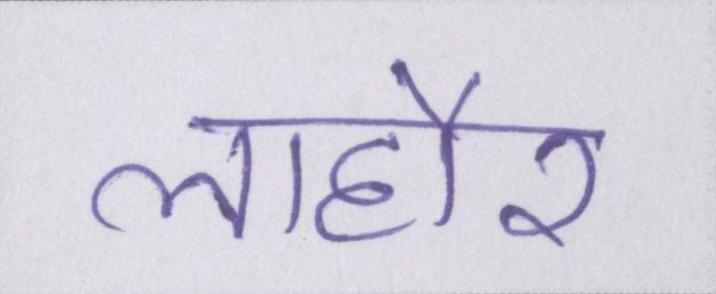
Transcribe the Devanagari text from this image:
लाहौर